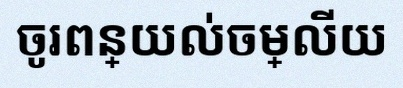
ចូរពន្យល់ចម្លើយ